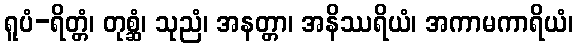
ရူပံ-ရိတ္တံ၊ တုစ္ဆံ၊ သုညံ၊ အနတ္တာ၊ အနိဿရိယံ၊ အကာမကာရိယံ၊